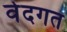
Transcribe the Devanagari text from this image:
वेदगत